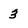
Character: 3